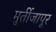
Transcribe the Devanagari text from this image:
मुर्तीजापूर